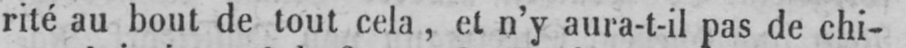
rité au bout de tout cela, et n’y aura-t-il pas de chi-